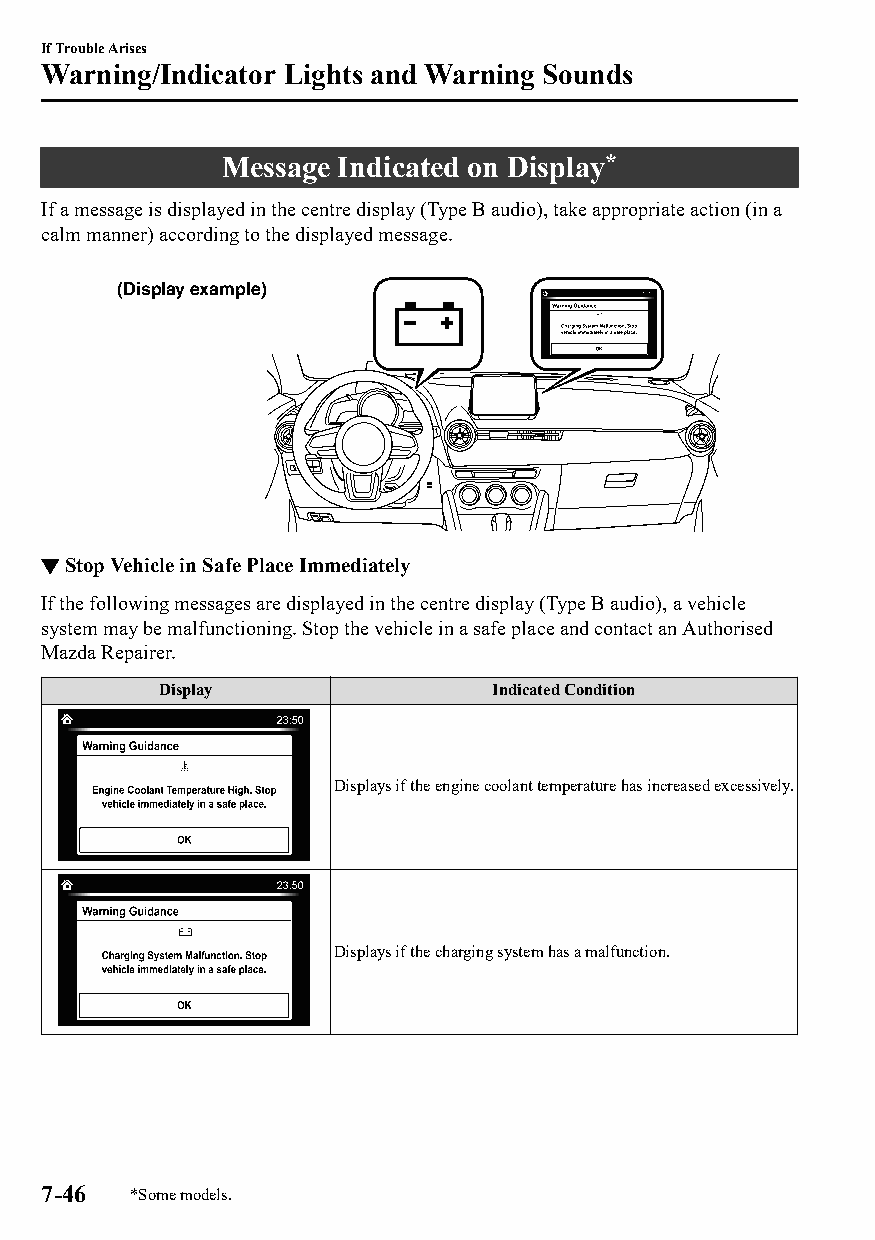
If Trouble Arises
 Warning/Indicator Lights and Warning Sounds
 Message Indicated on Display*
 If a message is displayed in the centre display (Type B audio), take appropriate action (in a
 calm manner) according to the displayed message.
 (Display example)
 ▼Stop Vehicle in Safe Place Immediately
 If the following messages are displayed in the centre display (Type B audio), a vehicle
 system may be malfunctioning. Stop the vehicle in a safe place and contact an Authorised
 Mazda Repairer.
 Display               Indicated Condition
 Displays if the engine coolant temperature has increased excessively.
 Displays if the charging system has a malfunction.
 7-46  *Some models.
 CX-3_8GT4-EE-18D_Edition4                  2018-9-6 18:32:19